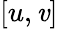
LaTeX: [u,\mathit{v}]